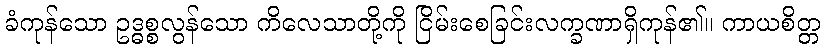
ခံကုန်သော ဥဒ္ဓစ္စလွန်သော ကိလေသာတို့ကို ငြိမ်းစေခြင်းလက္ခဏာရှိကုန်၏။ ကာယစိတ္တ